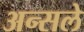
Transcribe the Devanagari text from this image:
अन्सले